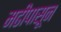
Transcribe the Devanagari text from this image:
मढीपासून